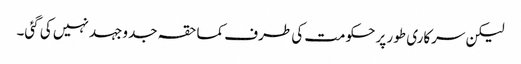
لیکن سرکاری طور پر حکومت کی طرف کماحقہ جدوجہد نہیں کی گئی۔